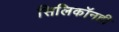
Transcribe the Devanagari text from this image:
सिलिकॉनही